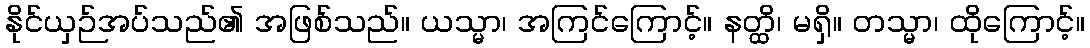
နိုင်ယှဉ်အပ်သည်၏ အဖြစ်သည်။ ယသ္မာ၊ အကြင်ကြောင့်။ နတ္ထိ၊ မရှိ။ တသ္မာ၊ ထိုကြောင့်။